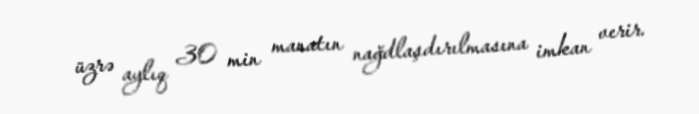
üzrə aylıq 30 min manatın nağdlaşdırılmasına imkan verir.